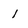
Character: 1